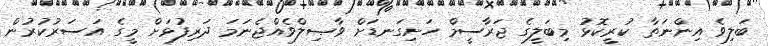
ބަލިވެ އިންނަތާ ކުރީކޮޅު މިބަލީގެ ޖަރާސީމް ހަށިގަނޑަށް ވާޞިލްވެއްޖެނަމަ ދަރިފުޅަށް މީގެ އަސަރުކުރުން